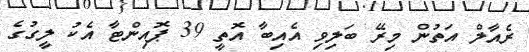
ރެއާލް އަތުން މިރޭ ބަލިވި އެއިބާ އޮތީ 39 ޕޮއިންޓާ އެކު ލީގުގެ